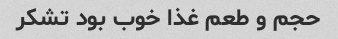
حجم و طعم غذا خوب بود تشکر